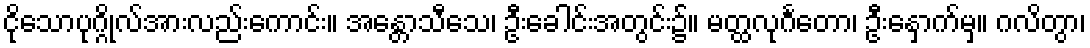
ငိုသောပုဂ္ဂိုလ်အားလည်းကောင်း။ အန္တောသီသေ၊ ဦးခေါင်းအတွင်း၌။ မတ္ထလုင်္ဂတော၊ ဦးနှောက်မှ။ ဂလိတွာ၊